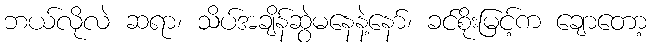
ဘယ်လိုလဲ ဆရာ၊ သိပ်အချိန်ဆွဲမနေနဲ့နော်၊ ခင်စိုးမြင့်က ချောတော့